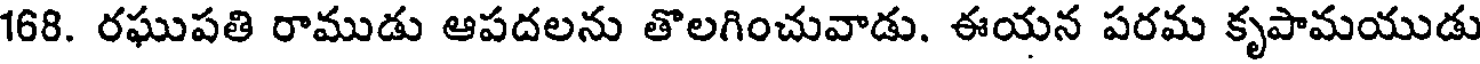
168. రఘుపతి రాముడు ఆపదలను తొలగించువాడు. ఈయన పరమ కృపామయుడు